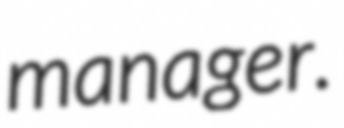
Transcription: manager.